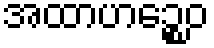
အထာဟဉ္စေဝ